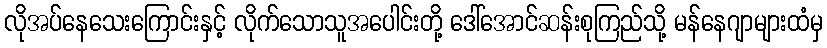
လိုအပ်နေသေးကြောင်းနှင့် လိုက်သောသူအပေါင်းတို့ ဒေါ်အောင်ဆန်းစုကြည်သို့ မန်နေဂျာများထံမှ